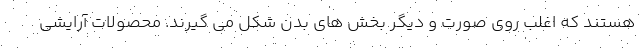
هستند که اغلب روی صورت و دیگر بخش های بدن شکل می گیرند. محصولات آرایشی